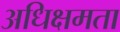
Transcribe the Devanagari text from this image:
अधिक्षमता